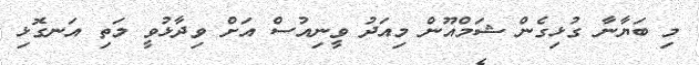
މި ބަޔާނާ ގުޅިގެން ޝަމްއޫން މިއަދު ވީނިއުސް އަށް ވިދާޅުވީ މަތި އަނގޮޅި